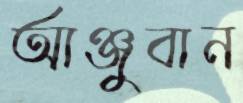
আঞ্জুবান